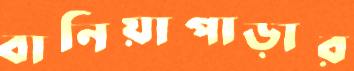
বানিয়াপাড়ার